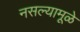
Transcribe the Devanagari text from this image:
नसल्यामूळे